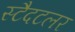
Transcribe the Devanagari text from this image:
स्टैदटलर